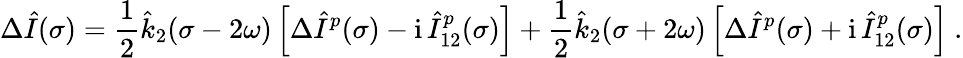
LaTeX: \Delta\hat{I}(\sigma)=\frac 12\hat{k}_{2}(\sigma-2\omega)\left[\Delta\hat{I}^{p}(\sigma)-\mathrm{i}\, \hat{I}_{12}^{p}(\sigma)\right]+\frac 12\hat{k}_{2}(\sigma+2\omega)\left[\Delta\hat{I}^{p}(\sigma)+\mathrm{i}\, \hat{I}_{12}^{p}(\sigma)\right]\ .